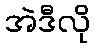
အဲဒီလို